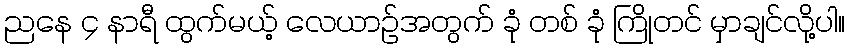
ညနေ ၄ နာရီ ထွက်မယ့် လေယာဉ်အတွက် ခုံ တစ် ခုံ ကြိုတင် မှာချင်လို့ပါ။